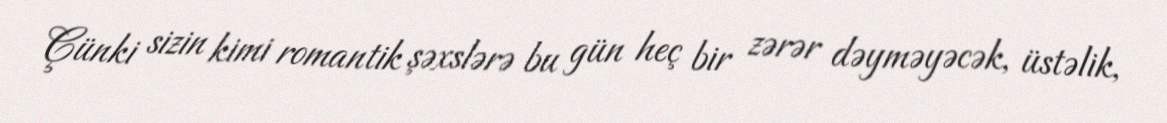
Çünki sizin kimi romantik şəxslərə bu gün heç bir zərər dəyməyəcək, üstəlik,